Lyperosia minuta, Bezzi - Number 59
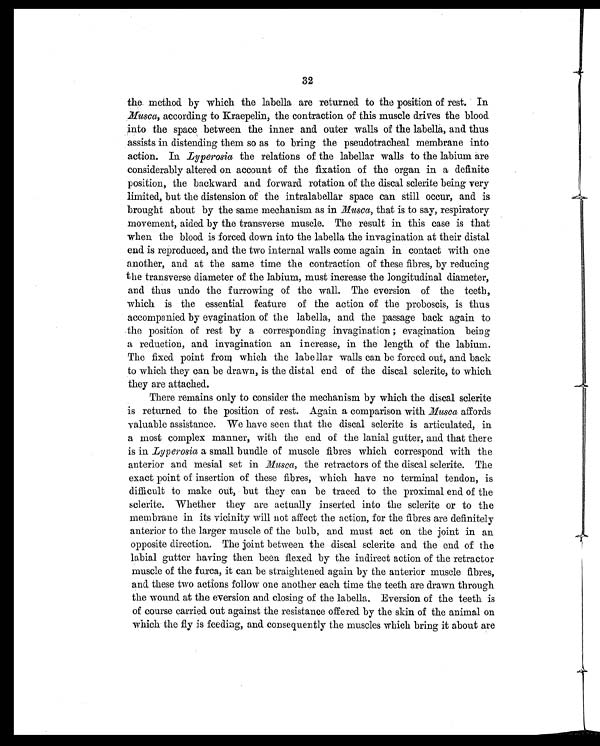
32
the method by which the labella are returned to the position of rest. In
Musca, according to Kraepelin, the contraction of this muscle drives the blood
into the space between the inner and outer walls of the labella, and thus
assists in distending them so as to bring the pseudotracheal membrane into
action. In. Lyperosia the relations of the labellar walls to the labium are
considerably altered on account of the fixation of the organ in a definite
position, the backward and forward rotation of the discal sclerite being very
limited, but the distension of the intralabellar space can still occur, and is
brought about by the same mechanism as in Musca, that is to say, respiratory
movement, aided by the transverse muscle. The result in this case is that
when the blood is forced down into the labella the invagination at their distal
end is reproduced, and the two internal walls come again in contact with one
another, and at the same time the contraction of these fibres, by reducing
the transverse diameter of the labium, must increase the longitudinal diameter,
and thus undo the furrowing of the wall. The eversion of the teeth,
which is the essential feature of the action of the proboscis, is thus
accompanied by evagination of the labella, and the passage back again to
the position of rest by a corresponding invagination evagination being
a reduction, and invagination an increase, in the length of the labium.
The fixed point from which the labellar walls can be forced out, and back
to which they can be drawn, is the distal end of the discal sclerite, to which
they are attached.
There remains only to consider the mechanism by which the discal sclerite
is returned to the position of rest. Again a comparison with Musca affords
valuable assistance. We have seen that the discal sclerite is articulated, in
a most complex manner, with the end of the lanial gutter, and that there
is in. Lyperosia a small bundle of muscle fibres which correspond with the
anterior and menial set in Musca, the retractors of the discal sclerite. The
exact point of insertion of these fibres, which have no terminal tendon, is
difficult to make out, but they can be traced to the proximal end of the
sclerite. Whether they are actually inserted into the sclerite or to the
membrane in its vicinity will not affect the action, for the fibres are definitely
anterior to the larger muscle of the bulb, and must act on the joint in an
opposite direction. The joint between the discal sclerite and the end of the
labial gutter having then been flexed by the indirect action of the retractor
muscle of the furca, it can be straightened again by the anterior muscle fibres,
and these two actions follow one another each time the teeth are drawn through
the wound at the eversion and. closing of the labella. Eversion of the teeth is
of course carried out against the resistance offered by the skin of the animal on
which the fly is feeding, and consequently the muscles which bring it about are